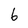
Character: 6